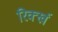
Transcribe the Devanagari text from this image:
रिर्क्ख